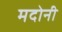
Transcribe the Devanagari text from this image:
मदोनी